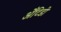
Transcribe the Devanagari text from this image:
अँेटिडी